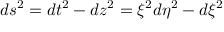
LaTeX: d s ^ { 2 } = d t ^ { 2 } - d z ^ { 2 } = \xi ^ { 2 } d \eta ^ { 2 } - d \xi ^ { 2 }